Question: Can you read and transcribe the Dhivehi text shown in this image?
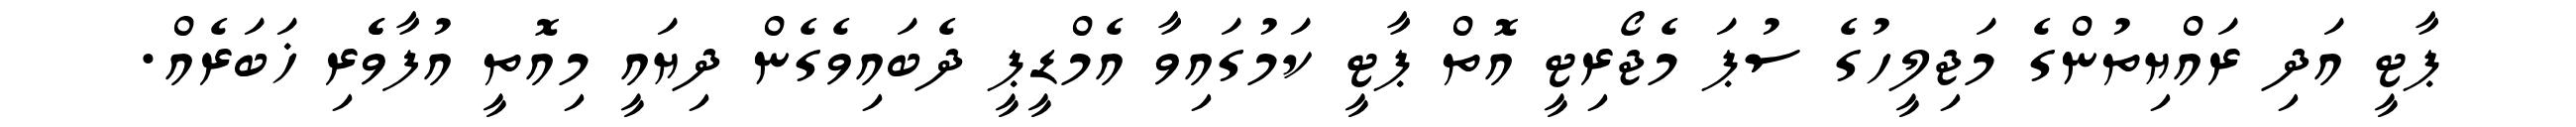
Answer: ޕާޓީ އަދި ރައްޔިތުންގެ މަޖިލީހުގެ ސުޕަ މެޖޯރިޓީ އޮތް ޕާޓީ ކަމުގައިވާ އެމްޑީޕީ ދެބައިވެގެން ދިޔައީ މިއޮތީ އުފާވެެރި ޚަބަރެއް.